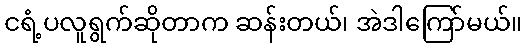
ငရံ့ပလူရွက်ဆိုတာက ဆန်းတယ်၊ အဲဒါကြော်မယ်။